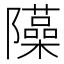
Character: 𨽣